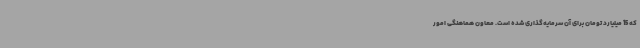
که 15 میلیارد تومان برای آن سرمایه‌گذاری شده است. معاون هماهنگی امور